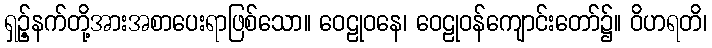
ရှဉ့်နက်တို့အားအစာပေးရာဖြစ်သော။ ဝေဠုဝနေ၊ ဝေဠုဝန်ကျောင်းတော်၌။ ဝိဟရတိ၊